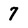
Character: 7